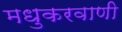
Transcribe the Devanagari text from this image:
मधुकरवाणी